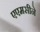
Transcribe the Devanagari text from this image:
एएमसीने